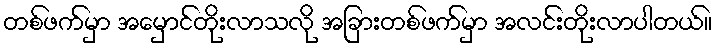
တစ်ဖက်မှာ အမှောင်တိုးလာသလို အခြားတစ်ဖက်မှာ အလင်းတိုးလာပါတယ်။